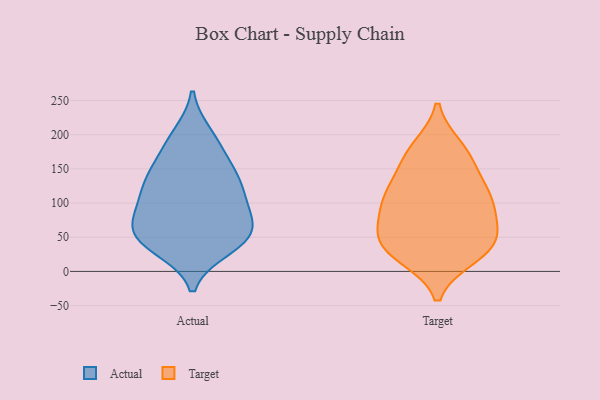
{"axis": {"x": "Latency (ms)", "y": "Value"}, "legend": ["Actual", "Target"], "data": [{"x": "", "y": 34, "type": "Actual"}, {"x": "", "y": 193, "type": "Actual"}, {"x": "", "y": 200, "type": "Actual"}, {"x": "", "y": 42, "type": "Actual"}, {"x": "", "y": 43, "type": "Actual"}, {"x": "", "y": 122, "type": "Actual"}, {"x": "", "y": 85, "type": "Actual"}, {"x": "", "y": 55, "type": "Actual"}, {"x": "", "y": 151, "type": "Actual"}, {"x": "", "y": 49, "type": "Actual"}, {"x": "", "y": 126, "type": "Actual"}, {"x": "", "y": 100, "type": "Actual"}, {"x": "", "y": 122, "type": "Actual"}, {"x": "", "y": 76, "type": "Actual"}, {"x": "", "y": 169, "type": "Actual"}, {"x": "", "y": 55, "type": "Actual"}, {"x": "", "y": 79, "type": "Actual"}, {"x": "", "y": 139, "type": "Actual"}, {"x": "", "y": 121, "type": "Target"}, {"x": "", "y": 62, "type": "Target"}, {"x": "", "y": 49, "type": "Target"}, {"x": "", "y": 33, "type": "Target"}, {"x": "", "y": 159, "type": "Target"}, {"x": "", "y": 27, "type": "Target"}, {"x": "", "y": 102, "type": "Target"}, {"x": "", "y": 100, "type": "Target"}, {"x": "", "y": 21, "type": "Target"}, {"x": "", "y": 181, "type": "Target"}, {"x": "", "y": 25, "type": "Target"}, {"x": "", "y": 86, "type": "Target"}, {"x": "", "y": 112, "type": "Target"}, {"x": "", "y": 55, "type": "Target"}, {"x": "", "y": 182, "type": "Target"}, {"x": "", "y": 154, "type": "Target"}, {"x": "", "y": 114, "type": "Target"}, {"x": "", "y": 59, "type": "Target"}]}